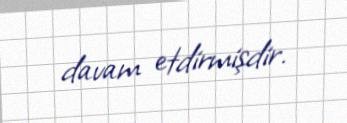
davam etdirmişdir.